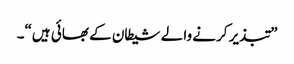
”تبذیر کرنے والے شیطان کے بھائی ہیں“۔